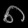
Digit: ၈